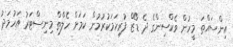
އިންސައްތަ މީހުން ވެކްސިންގެ ދެ ޑޯޒް ފުރިހަމަކުރުމުން ކަމަށް ހެލްތް މިނިސްޓަރު އަހުމަދު